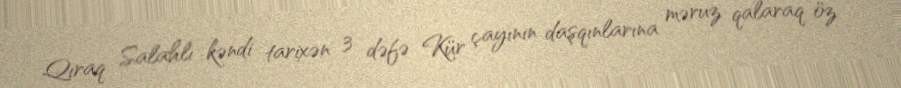
Qıraq Salahlı kəndi tarixən 3 dəfə Kür çayının daşqınlarına məruz qalaraq öz